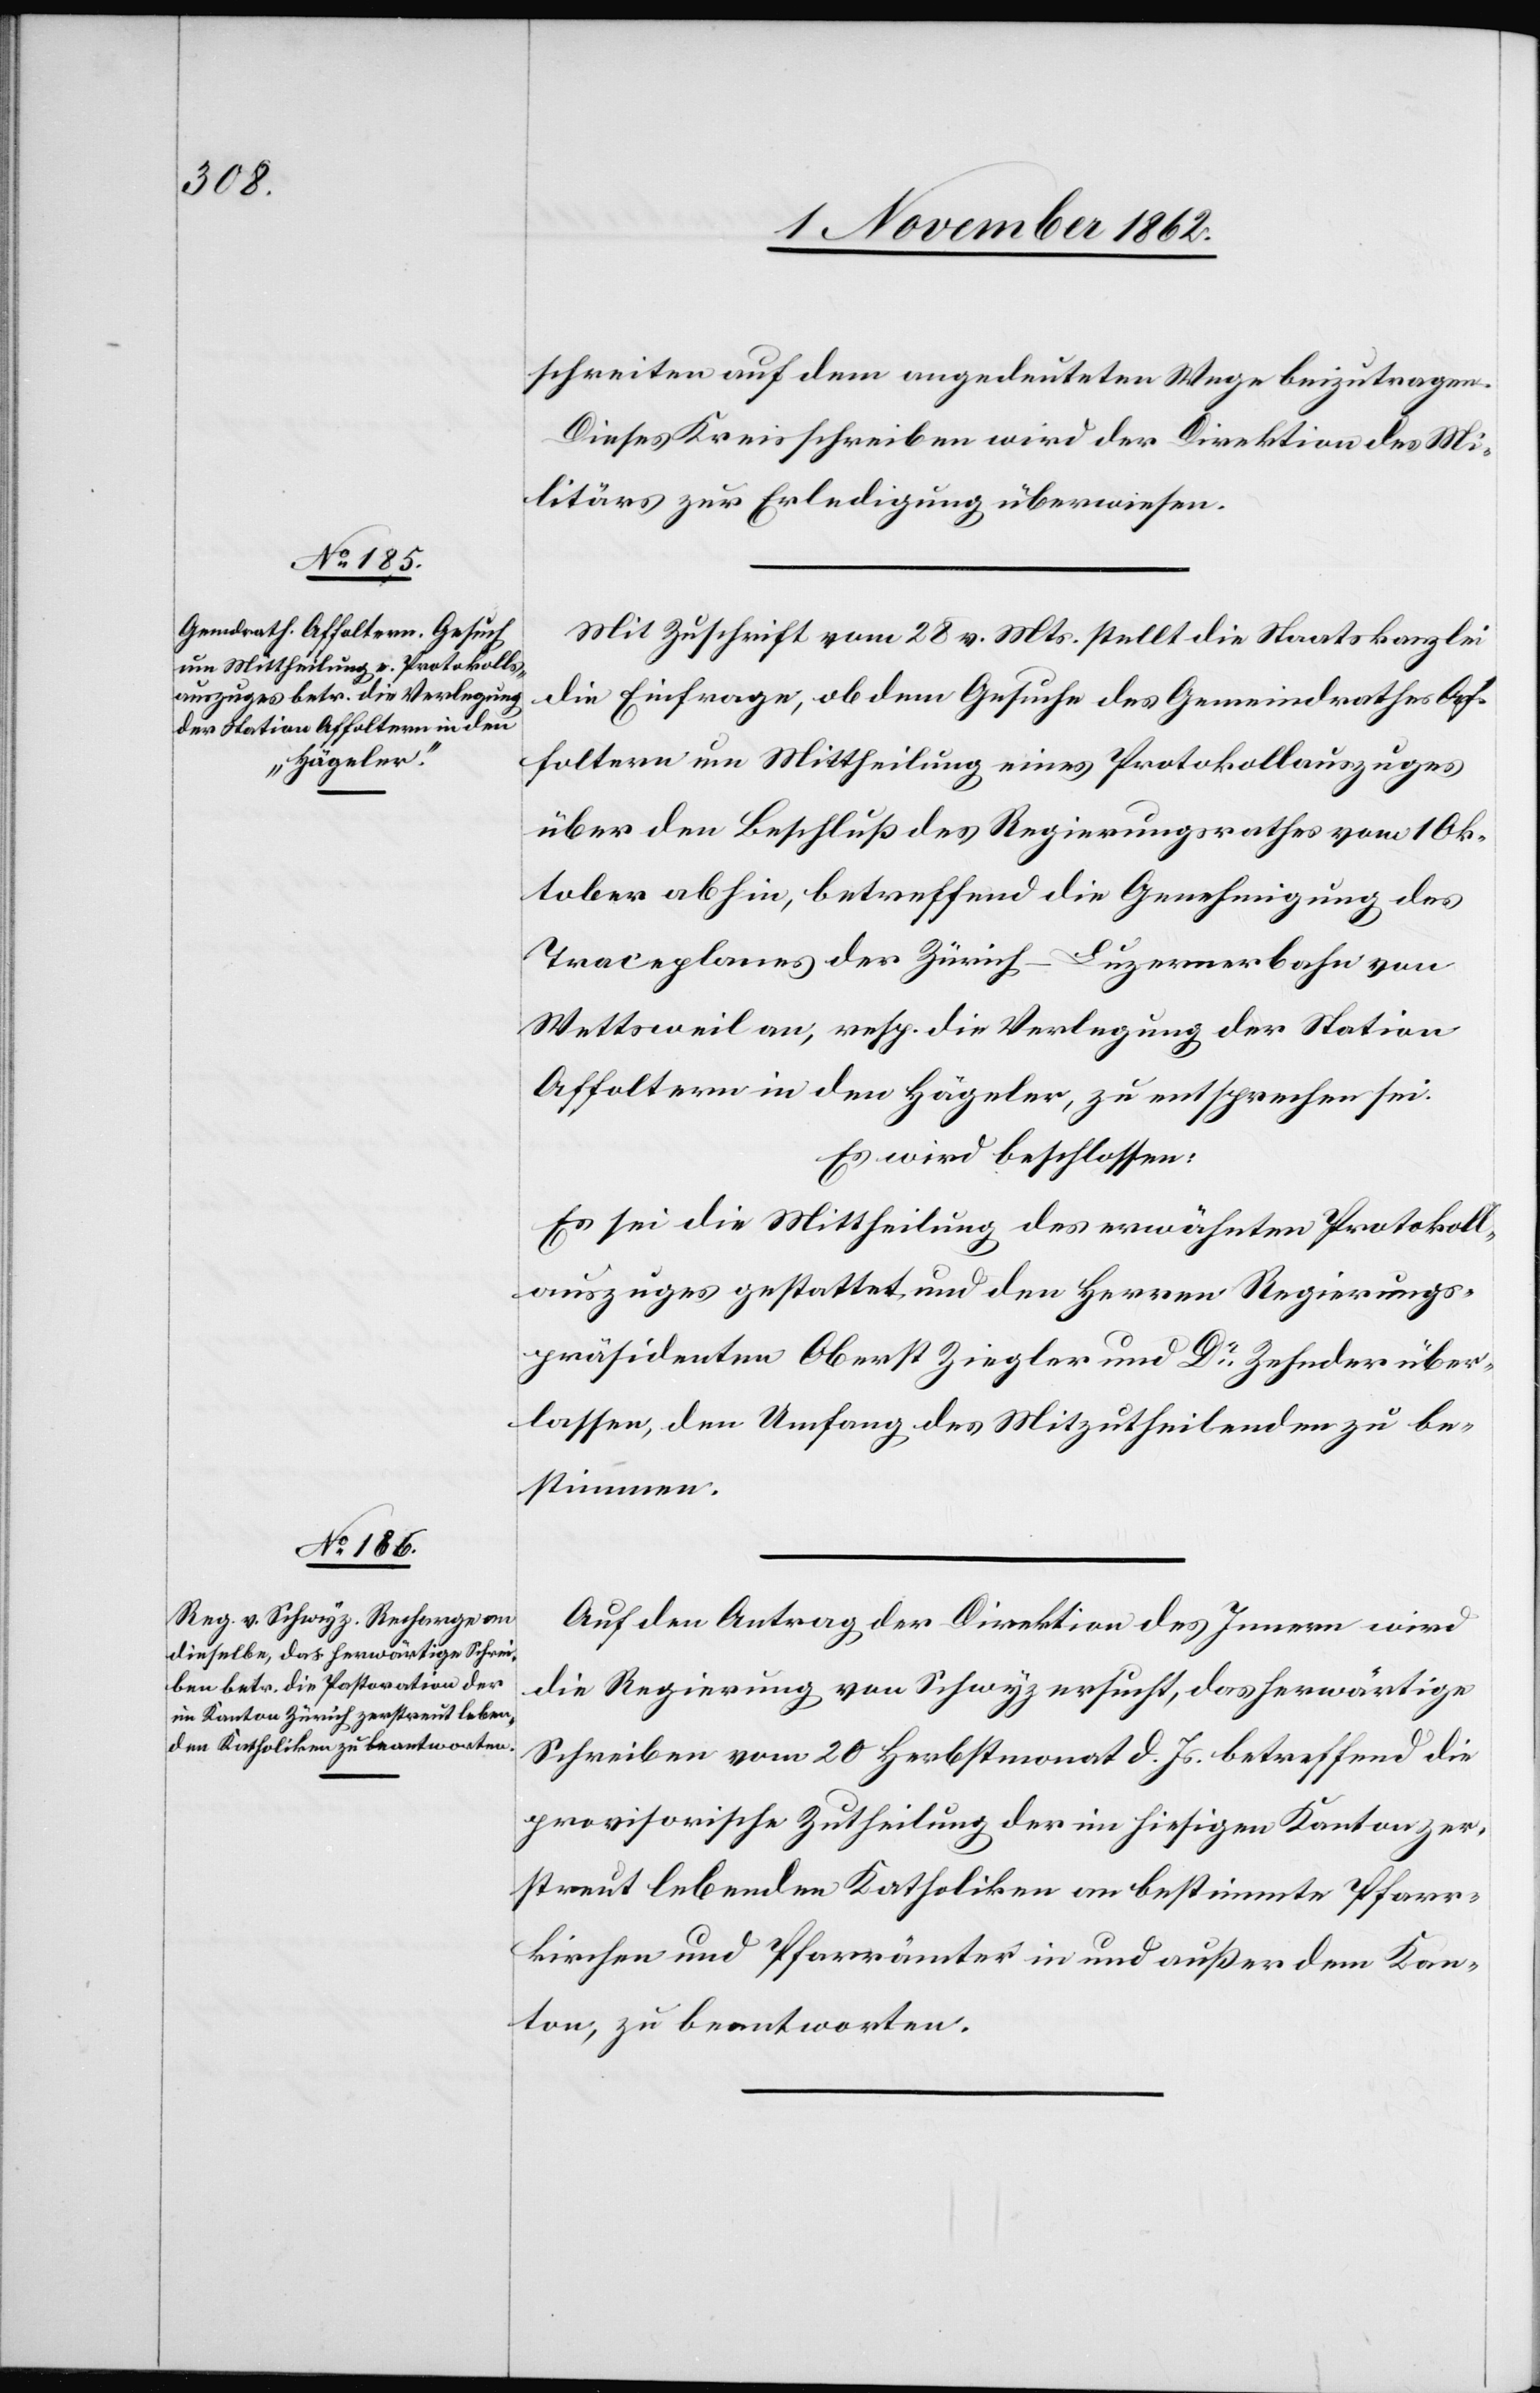
schreiten auf dem angedeuteten Wege beizutragen.
Dieses Kreisschreiben wird der Direktion des Mi¬
litärs zur Erledigung überwiesen.
Mit Zuschrift vom 28. v. Mts. stellt die Staatskanzlei
die Einfrage, ob dem Gesuche des Gemeindrathes Af¬
foltern um Mittheilung eines Protokollauszuges
über den Beschluß des Regierungsrathes vom 1. Ok¬
tober abhin, betreffend die Genehmigung des
Traceplanes der Zürich–Luzernerbahn von
Wettsweil an, resp. die Verlegung der Station
Affoltern in den Hägeler, zu entsprechen sei.
Es wird beschlossen:
Es sei die Mittheilung des erwähnen Protokoll¬
auszuges gestattet und den Herren Regierungs¬
präsidenten Oberst Ziegler und Dr. Zehnder über¬
lassen, den Umfang des Mitzutheilenden zu be¬
stimmen.
Auf den Antrag der Direktion des Innern wird
die Regierung von Schwyz ersucht, das herwärtige
Schreiben vom 20. Herbstmonat d. Js. betreffend die
provisorische Zutheilung der im hiesigen Kanton zer¬
streut lebenden Katholiken an bestimmte Pfarr¬
kirchen und Pfarrämter in und außer dem Kan¬
ton, zu beantworten.